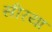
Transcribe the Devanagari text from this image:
सीरया